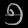
Digit: ၅